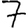
Digit: 7